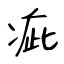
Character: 疵